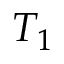
T _ { 1 }